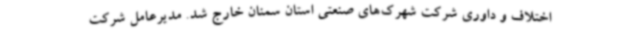
اختلاف و داوری شرکت شهرک‌های صنعتی استان سمنان خارج شد. مدیرعامل شرکت